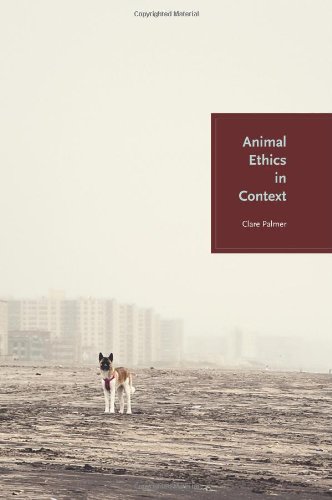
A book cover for Animal Ethics in Context; Clare Palmer; Science & Math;